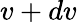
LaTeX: v+dv